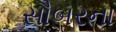
સૌબરના